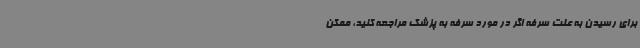
برای رسیدن به علت سرفه اگر در مورد سرفه به پزشک مراجعه کنید، ممکن